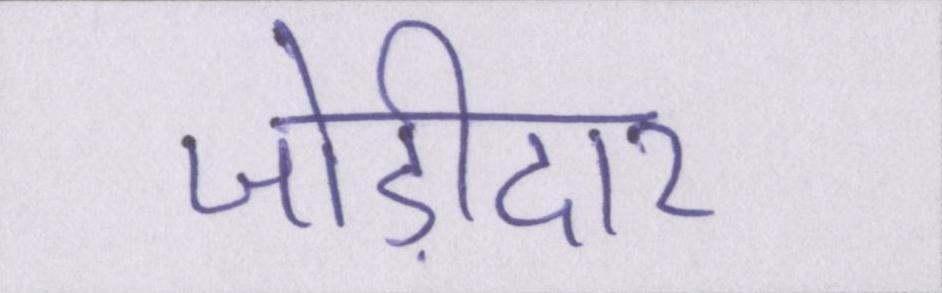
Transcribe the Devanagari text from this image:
जोड़ीदार